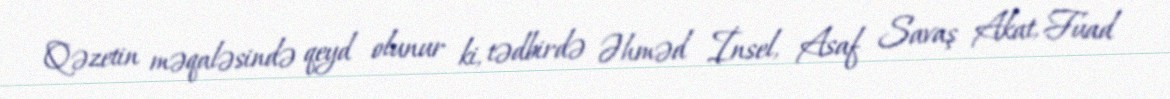
Qəzetin məqaləsində qeyd olunur ki, tədbirdə Əhməd İnsel, Asaf Savaş Akat, Fuad